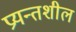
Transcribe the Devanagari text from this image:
प्रयन्तशील